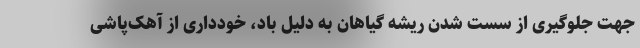
جهت جلوگیری از سست شدن ریشه گیاهان به دلیل باد، خودداری از آهک‌پاشی